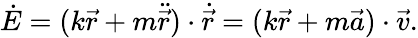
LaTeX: \dot{E}=(k{\vec{r}}+m\ddot{\vec{r}})\cdot\dot{\vec{r}}=(k{\vec{r}}+m{\vec{a}})\cdot\vec{v}.